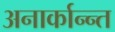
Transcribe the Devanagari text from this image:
अनार्कान्न्त